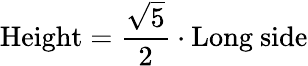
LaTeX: {\mathrm{Height}}={\frac{\sqrt{5}}{2}}\cdot{\mathrm{Long~side}}